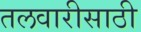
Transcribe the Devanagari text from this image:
तलवारीसाठी